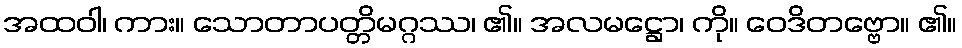
အထဝါ၊ ကား။ သောတာပတ္တိမဂ္ဂဿ၊ ၏။ အလမဋ္ဌော၊ ကို။ ဝေဒိတဗ္ဗော။ ၏။